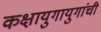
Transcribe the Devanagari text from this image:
कक्षायुगायुगांची